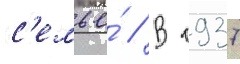
с'емье́ // В 1937